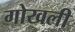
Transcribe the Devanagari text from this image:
गोखली